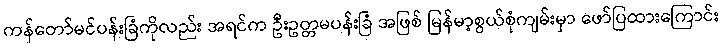
ကန်တော်မင်ပန်းခြံကိုလည်း အရင်က ဦးဥတ္တမပန်းခြံ အဖြစ် မြန်မာ့စွယ်စုံကျမ်းမှာ ဖော်ပြထားကြောင်း